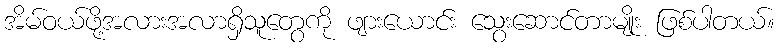
အိမ်ဝယ်ဖို့အလားအလာရှိသူတွေကို ဖျားယောင်း သွေးဆောင်တာမျိုး ဖြစ်ပါတယ်။